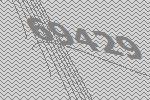
69429